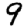
Digit: 9